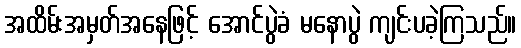
အထိမ်းအမှတ်အနေဖြင့် အောင်ပွဲခံ မနောပွဲ ကျင်းပခဲ့ကြသည်။